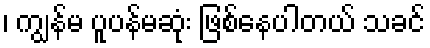
၊ ကျွန်မ ပူပန်မဆုံး ဖြစ်နေပါတယ် သခင်